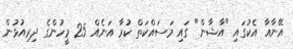
އޭނާއާ އެކުގައި "އާޝާން" ގައި މަސައްކަތް ކުރާ އަނެއް 25 މީހުންގެ ދިރިއުޅުން